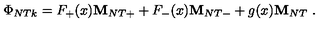
\Phi _ { N T k } = F _ { + } ( x ) { \bf M } _ { N T + } + F _ { - } ( x ) { \bf M } _ { N T - } + g ( x ) { \bf M } _ { N T } \ .